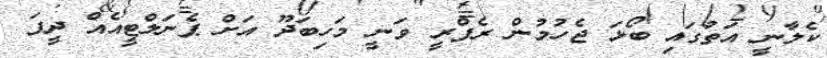
ކެލާނީ އަތުގައި ބޯޅަ ޖެހުމުން ރެފްރީ ވަނީ މަހިބަދޫ އަށް ޕެނަލްޓީއެއް ދީފަ